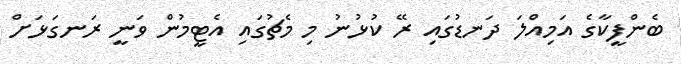
ބެންފީކާގެ އަމިއްލަ ދަނޑުގައި ރޭ ކުޅުނު މި މެޗުގައި އެޓީމުން ވަނީ ރަނގަޅަށް